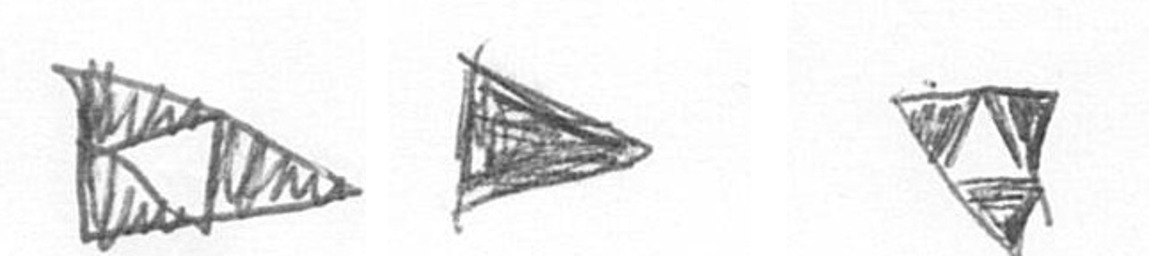
K T S